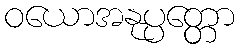
ဝယောအနုပ္ပတ္တော